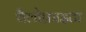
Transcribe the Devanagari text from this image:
थैलोफ़ाइटा